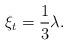
LaTeX: \begin{gather*}\xi_t = \frac{1}{3}\lambda.\end{gather*}